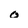
Character: o